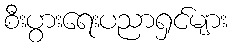
စီးပွားရေးပညာရှင်များ